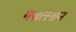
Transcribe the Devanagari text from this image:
मज़त्लान